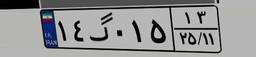
۳۶گ۸۴۲۸۷